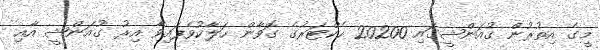
މީގެ އިތުރުން ގުއަންޝީގައި 20200 ހެކްޓަރުގެ ގޮވާން ހަލާކުވެފައިވާ އިރު ގުއަންޝީ އާއި